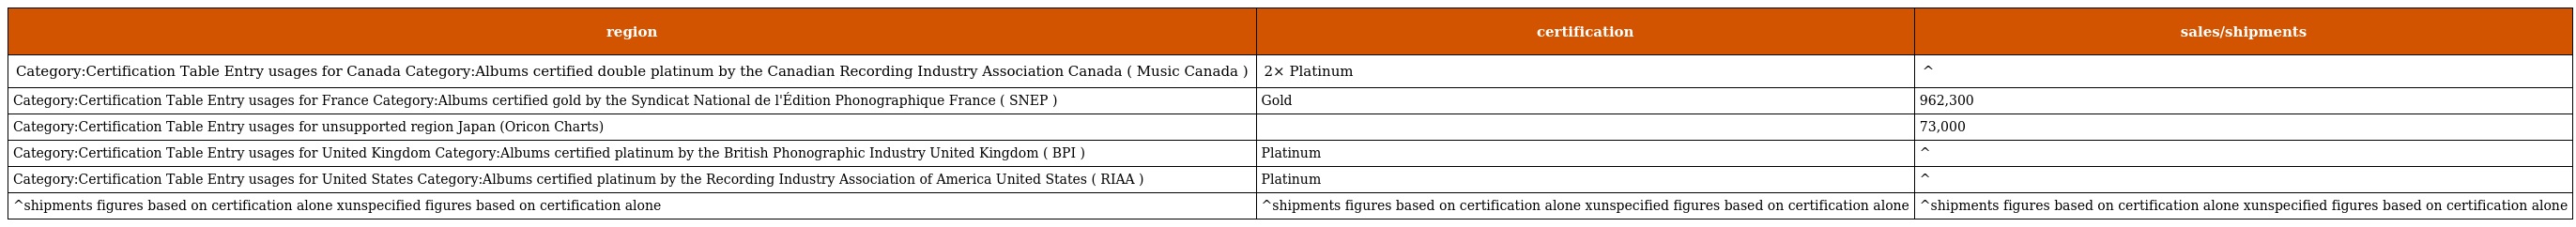
| region | certification | sales/shipments |
 | --- | --- | --- |
 | Category:Certification Table Entry usages for Canada Category:Albums certified double platinum by the Canadian Recording Industry Association Canada ( Music Canada ) | 2× Platinum | ^ |
 | Category:Certification Table Entry usages for France Category:Albums certified gold by the Syndicat National de l'Édition Phonographique France ( SNEP ) | Gold | 962,300 |
 | Category:Certification Table Entry usages for unsupported region Japan (Oricon Charts) |  | 73,000 |
 | Category:Certification Table Entry usages for United Kingdom Category:Albums certified platinum by the British Phonographic Industry United Kingdom ( BPI ) | Platinum | ^ |
 | Category:Certification Table Entry usages for United States Category:Albums certified platinum by the Recording Industry Association of America United States ( RIAA ) | Platinum | ^ |
 | ^shipments figures based on certification alone xunspecified figures based on certification alone | ^shipments figures based on certification alone xunspecified figures based on certification alone | ^shipments figures based on certification alone xunspecified figures based on certification alone |